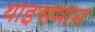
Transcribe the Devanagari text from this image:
थाइसमान